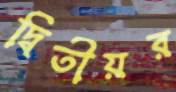
দ্বিতীয়র